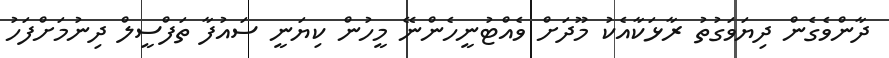
ދާންވެގެން ދިޔަވަގުތު ރާޅަކާއެކު މޫދަށް ވެއްޓުނީހެންނޭ މީހުން ކިޔަނީ ސައުފާ ތަފްސީލް ދިނުމަށްފަހު